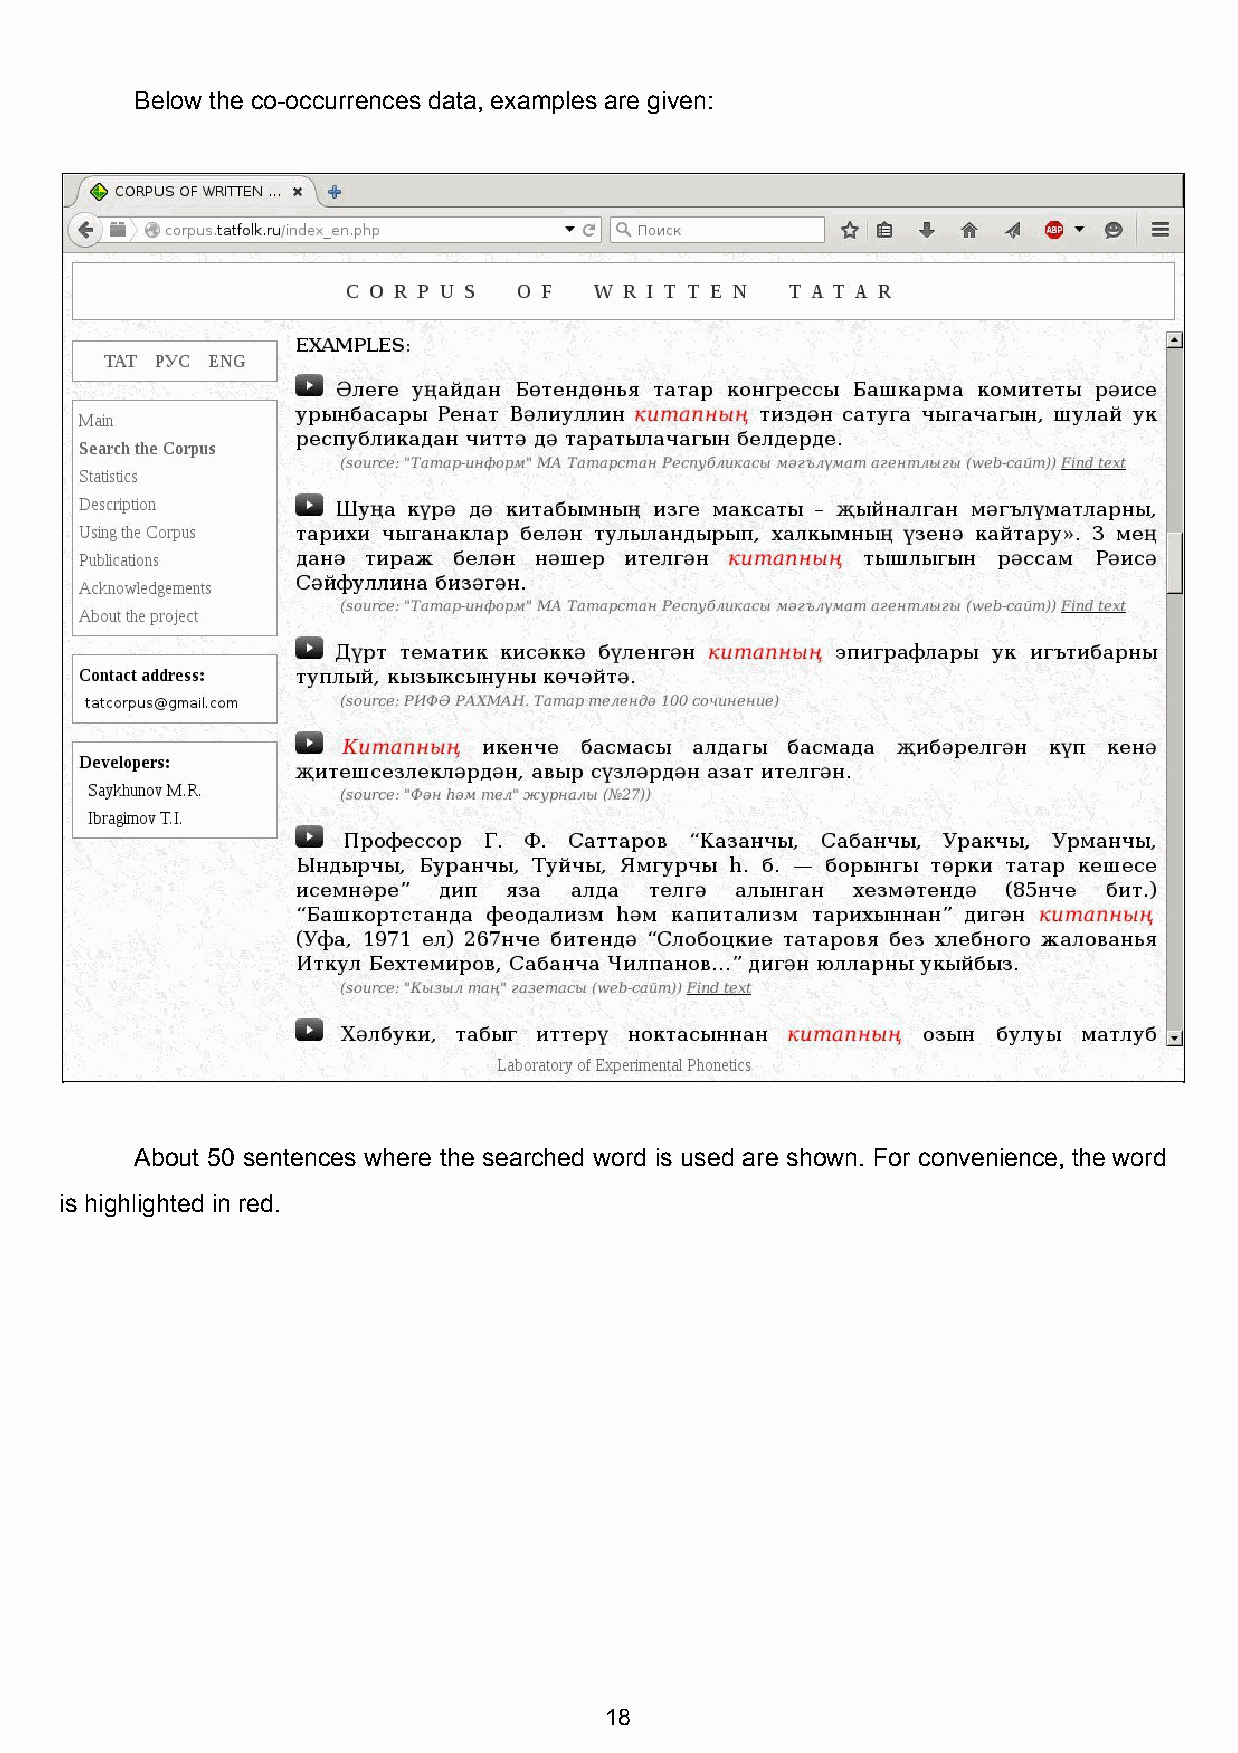
Below the co­occurrences data, examples are given:
 About 50 sentences where the searched word is used are shown. For convenience, the word
 is highlighted in red.
 18